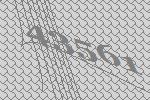
43561